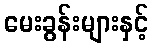
မေးခွန်းများနှင့်